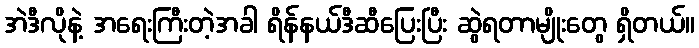
အဲဒီလိုနဲ့ အရေးကြီးတဲ့အခါ ရိန်နယ်ဒီဆီပြေးပြီး ဆွဲရတာမျိုးတွေ ရှိတယ်။